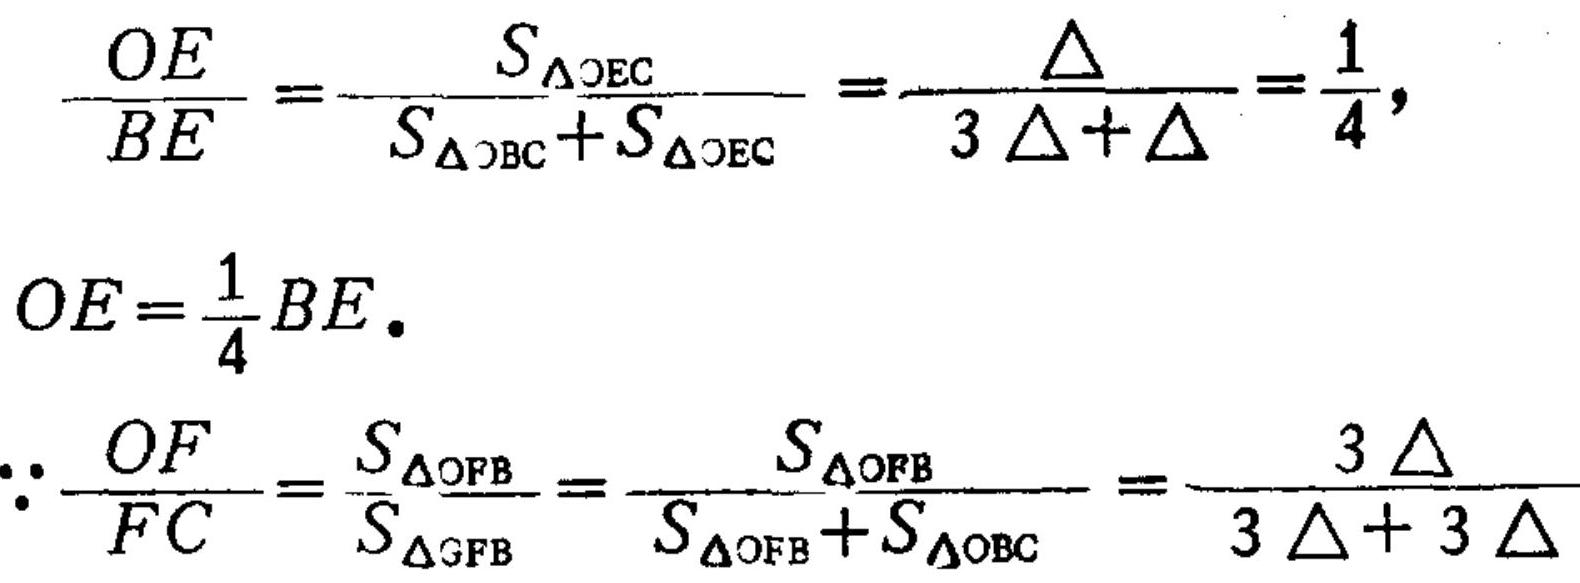
\[\frac{OE}{BE}=\frac{S_{\triangle OEC}}{S_{\triangle OBC}+S_{\triangle OEC}}=\frac{\triangle}{3\triangle+\triangle}=\frac{1}{4},\]
\[OE = \frac{1}{4}BE.\]
\[\because\frac{OF}{FC}=\frac{S_{\triangle OFB}}{S_{\triangle CFB}}=\frac{S_{\triangle OFB}}{S_{\triangle OFB}+S_{\triangle OBC}}=\frac{3\triangle}{3\triangle + 3\triangle}\]